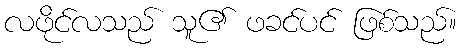
လဖိုင်လသည် သူ၏ ဖခင်ပင် ဖြစ်သည်။